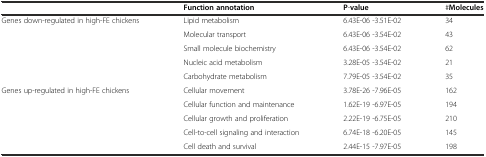
<table><thead><tr><td></td><td><b>Function annotation</b></td><td><b>P-value</b></td><td><b>#Molecules</b></td></tr></thead><tbody><tr><td rowspan="5">Genes down-regulated in high-FE chickens</td><td>Lipid metabolism</td><td>6.43E-06 -3.51E-02</td><td>34</td></tr><tr><td>Molecular transport</td><td>6.43E-06 -3.54E-02</td><td>43</td></tr><tr><td>Small molecule biochemistry</td><td>6.43E-06 -3.54E-02</td><td>62</td></tr><tr><td>Nucleic acid metabolism</td><td>3.28E-05 -3.54E-02</td><td>21</td></tr><tr><td>Carbohydrate metabolism</td><td>7.79E-05 -3.54E-02</td><td>35</td></tr><tr><td rowspan="5">Genes up-regulated in high-FE chickens</td><td>Cellular movement</td><td>3.78E-26 -7.96E-05</td><td>162</td></tr><tr><td>Cellular function and maintenance</td><td>1.62E-19 -6.97E-05</td><td>194</td></tr><tr><td>Cellular growth and proliferation</td><td>2.22E-19 -6.75E-05</td><td>210</td></tr><tr><td>Cell-to-cell signaling and interaction</td><td>6.74E-18 -6.20E-05</td><td>145</td></tr><tr><td>Cell death and survival</td><td>2.44E-15 -7.97E-05</td><td>198</td></tr></tbody></table>